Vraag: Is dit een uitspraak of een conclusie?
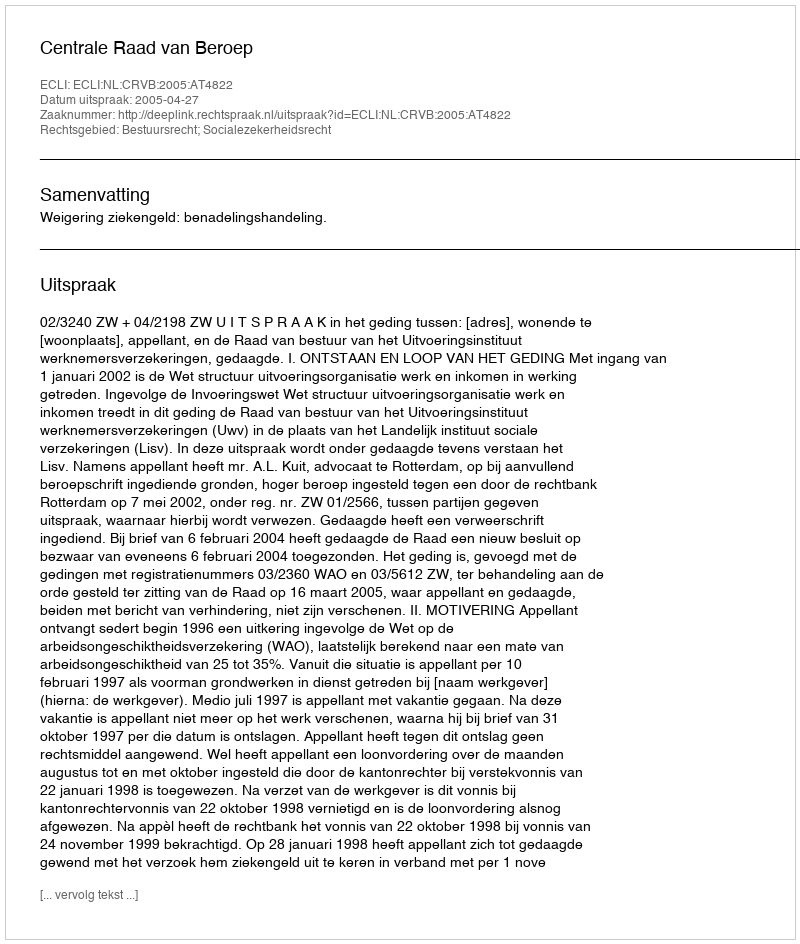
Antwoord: Uitspraak